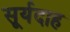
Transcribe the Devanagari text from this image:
सूर्यदाह